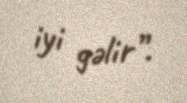
iyi gəlir”.